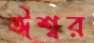
ঈশ্বর